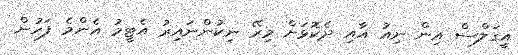
އީގަލްސް އިން ނިއު އާއި ދެކޮޅަށް މިރޭ ނިކުންނައިރު އެޓީމު އެންމެ ފަހުން